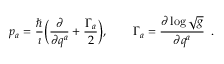
p _ { a } = { \frac { \hbar } { \i } } \bigg ( { \frac { \partial } { \partial q ^ { a } } } + { \frac { \Gamma _ { a } } { 2 } } \bigg ) , \qquad \Gamma _ { a } = { \frac { \partial \log \sqrt { g } } { \partial q ^ { a } } } \enspace .